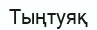
Тыңтуяқ